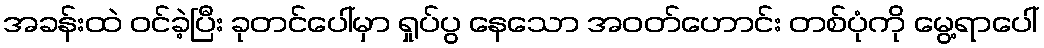
အခန်းထဲ ဝင်ခဲ့ပြီး ခုတင်ပေါ်မှာ ရှုပ်ပွ နေသော အဝတ်ဟောင်း တစ်ပုံကို မွေ့ရာပေါ်